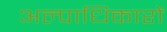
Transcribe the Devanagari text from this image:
अल्पाधिकारों